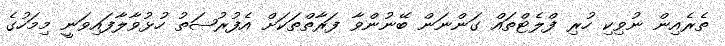
ތެރެއިން ނުވިކި ހުރި ފްލެޓްތައް ގަންނަން ބޭނުންވާ ފަރާތްތަކަށް އެފުރުޞަތު ހުޅުވާލާފައިވަނީ މިމަހުގެ